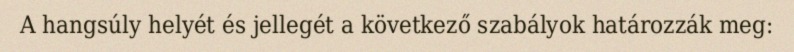
A hangsúly helyét és jellegét a következő szabályok határozzák meg: